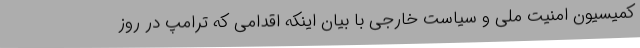
کمیسیون امنیت ملی و سیاست خارجی با بیان اینکه اقدامی که ترامپ در روز